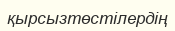
қырсызтөстілердің